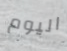
اليوم